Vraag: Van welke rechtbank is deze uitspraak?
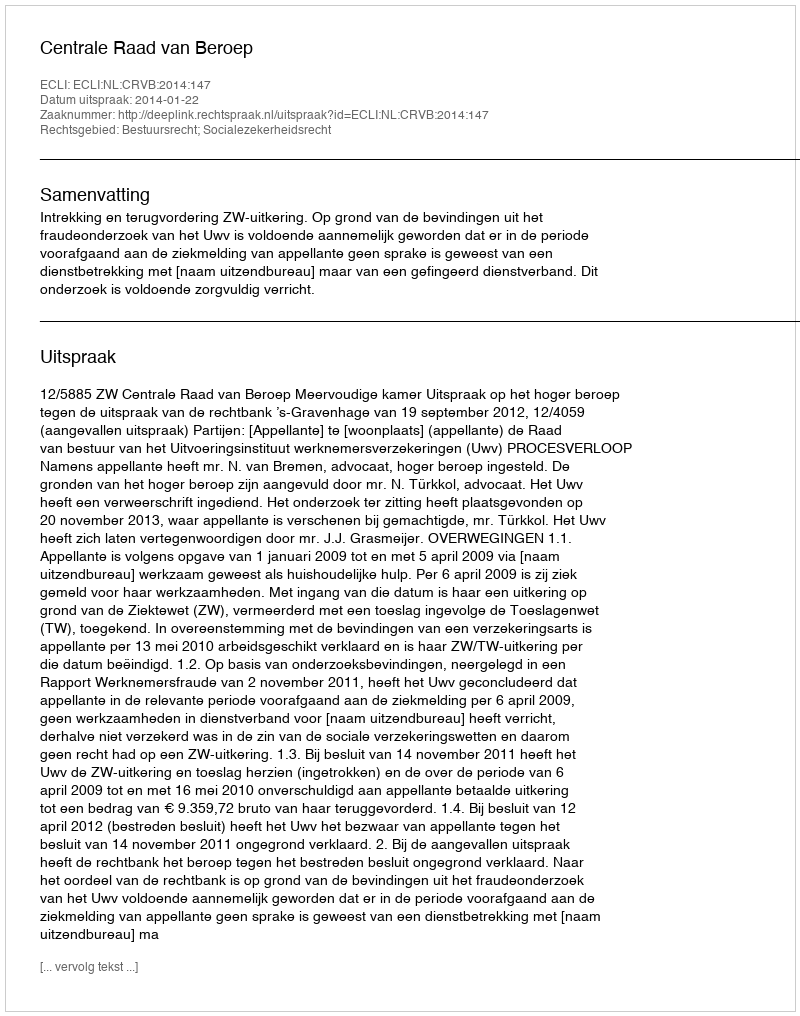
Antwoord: Centrale Raad van Beroep